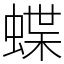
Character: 蝶